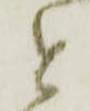
と